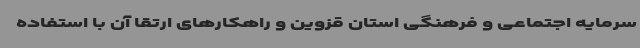
سرمایه اجتماعی و فرهنگی استان قزوین و راهکارهای ارتقا آن با استفاده